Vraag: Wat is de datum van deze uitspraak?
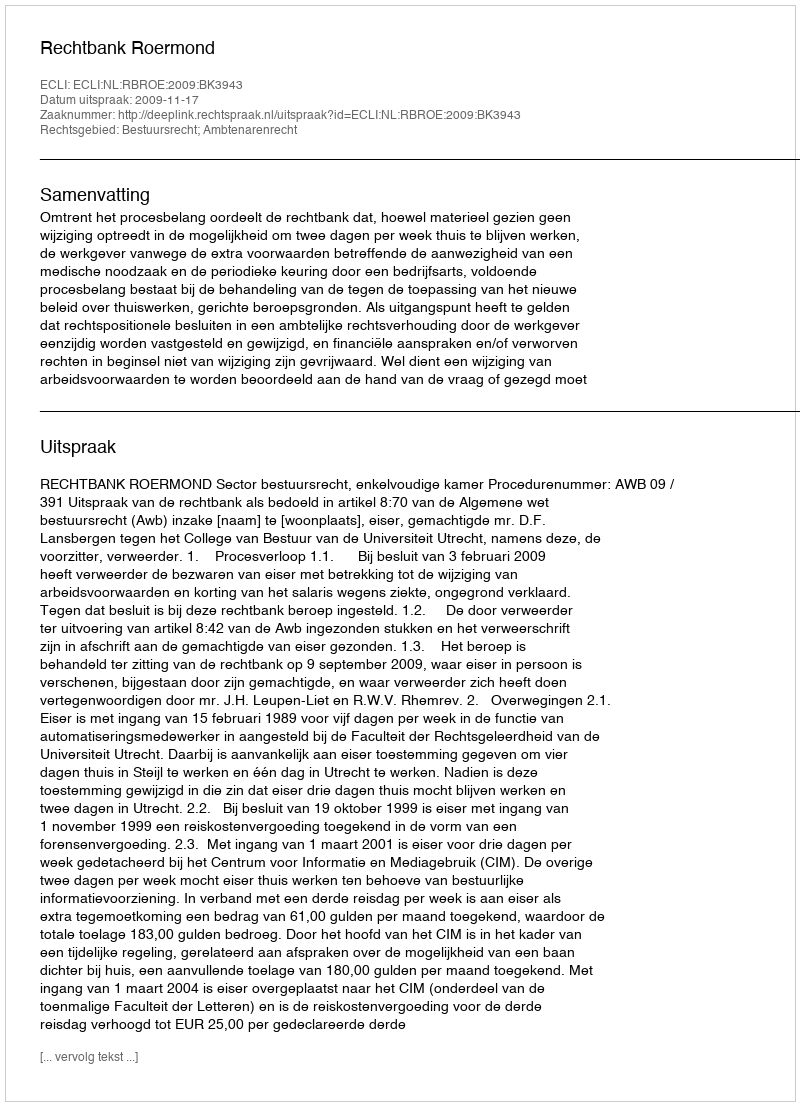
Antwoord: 2009-11-17